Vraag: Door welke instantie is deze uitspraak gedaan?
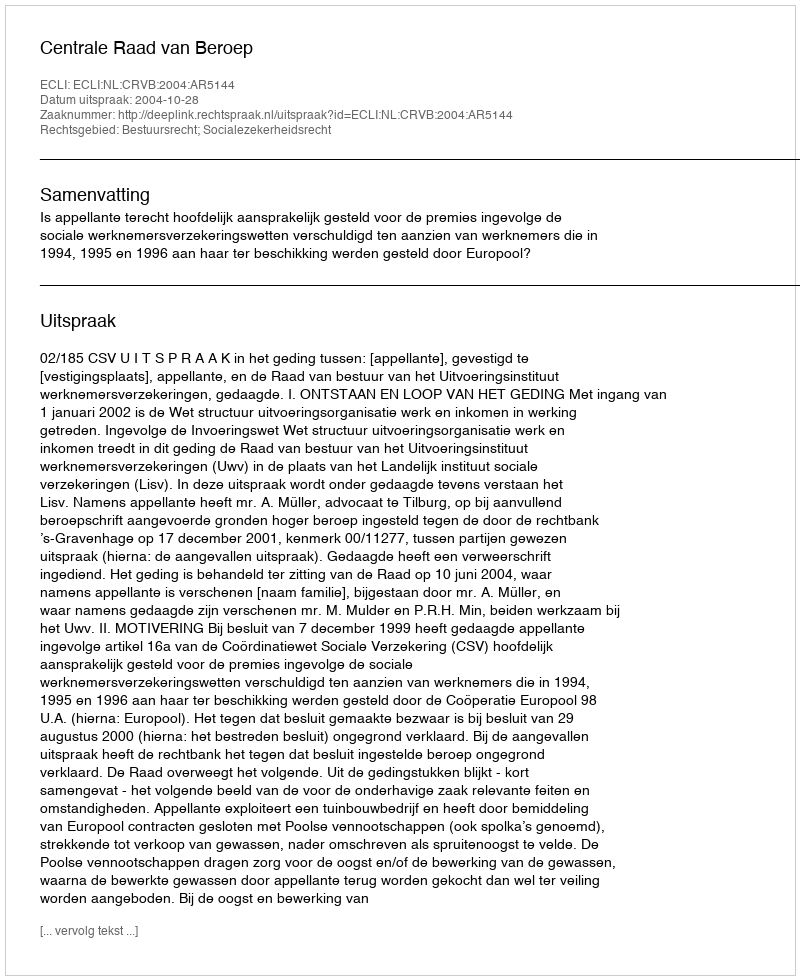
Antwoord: Centrale Raad van Beroep